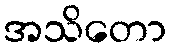
အသိတော